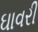
ઘાવરી